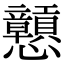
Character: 戅